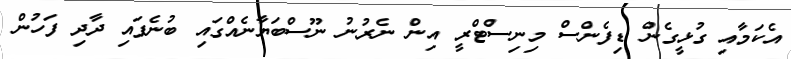
އެކަމާއި ގުޅީގެން ޑިފެންސް މިނިސްޓްރީ އިން ނެރުނު ނޫސްބަޔާނެއްގައި ބުނެފައި ދާދި ފަހުން